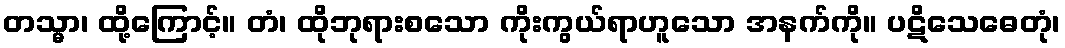
တသ္မာ၊ ထို့ကြောင့်။ တံ၊ ထိုဘုရားစသော ကိုးကွယ်ရာဟူသော အနက်ကို။ ပဋိသေဓေတုံ၊